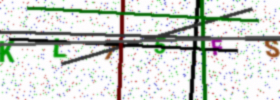
Text: KL75FS